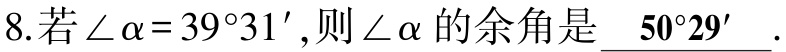
8.若$\angle\alpha = 39^{\circ}31'$,则$\angle\alpha$的余角是$\underline{ 50^{\circ}29'}$.